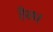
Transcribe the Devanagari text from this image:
हैछ।